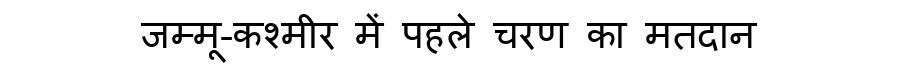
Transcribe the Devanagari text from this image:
जम्मू-कश्मीर में पहले चरण का मतदान